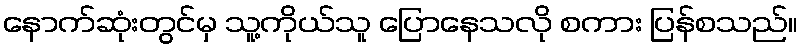
နောက်ဆုံးတွင်မှ သူ့ကိုယ်သူ ပြောနေသလို စကား ပြန်စသည်။